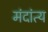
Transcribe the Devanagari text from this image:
मंदांत्य